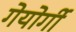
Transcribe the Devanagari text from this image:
गेयोर्गी